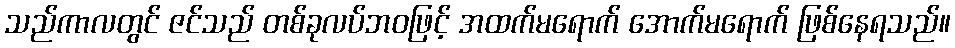
သည်ကာလတွင် ဇင်သည် တစ်ခုလပ်ဘဝဖြင့် အထက်မရောက် အောက်မရောက် ဖြစ်နေရသည်။